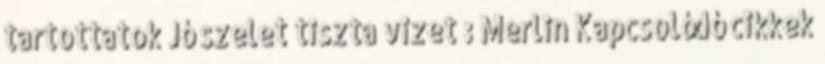
tartottatok Jó szelet tiszta vizet : Merlin Kapcsolódó cikkek